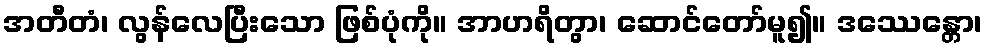
အတီတံ၊ လွန်လေပြီးသော ဖြစ်ပုံကို။ အာဟရိတွာ၊ ဆောင်တော်မူ၍။ ဒဿေန္တော၊